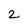
Character: 2